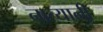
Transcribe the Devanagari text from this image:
नात्यानी